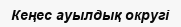
Кеңес ауылдық округі